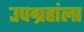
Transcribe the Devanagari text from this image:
उपग्रहांला